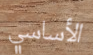
الأساسي